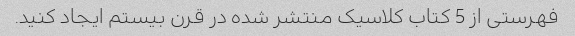
فهرستی از 5 کتاب کلاسیک منتشر شده در قرن بیستم ایجاد کنید.